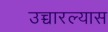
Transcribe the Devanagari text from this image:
उच्चारल्यास